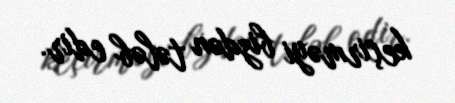
keçirməyi bizdən tələb edir.